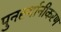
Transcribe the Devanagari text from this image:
पुनर्स्थानीकरण